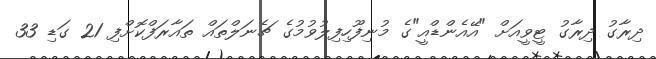
ދިރާގު ދިރާގު ޓީވީއަށް "އޭއެންޑްއީ"ގެ މުނިފޫހިފިލުވުމުގެ ޗެނަލްތައް ތައާރަފްކޮށްފި 21 ގަޑި 33